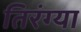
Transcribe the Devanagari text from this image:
तिरंग्या